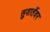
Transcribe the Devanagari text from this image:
सुवार्तेवर